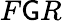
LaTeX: F\mathsf{G}R